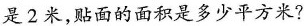
是2米，贴面的面积是多少平方米?